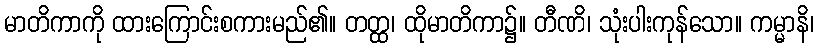
မာတိကာကို ထားကြောင်းစကားမည်၏။ တတ္ထ၊ ထိုမာတိကာ၌။ တီဏိ၊ သုံးပါးကုန်သော။ ကမ္မာနိ၊